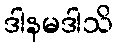
ဒါနမဒါသိ